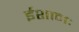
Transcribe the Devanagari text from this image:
ईशानः